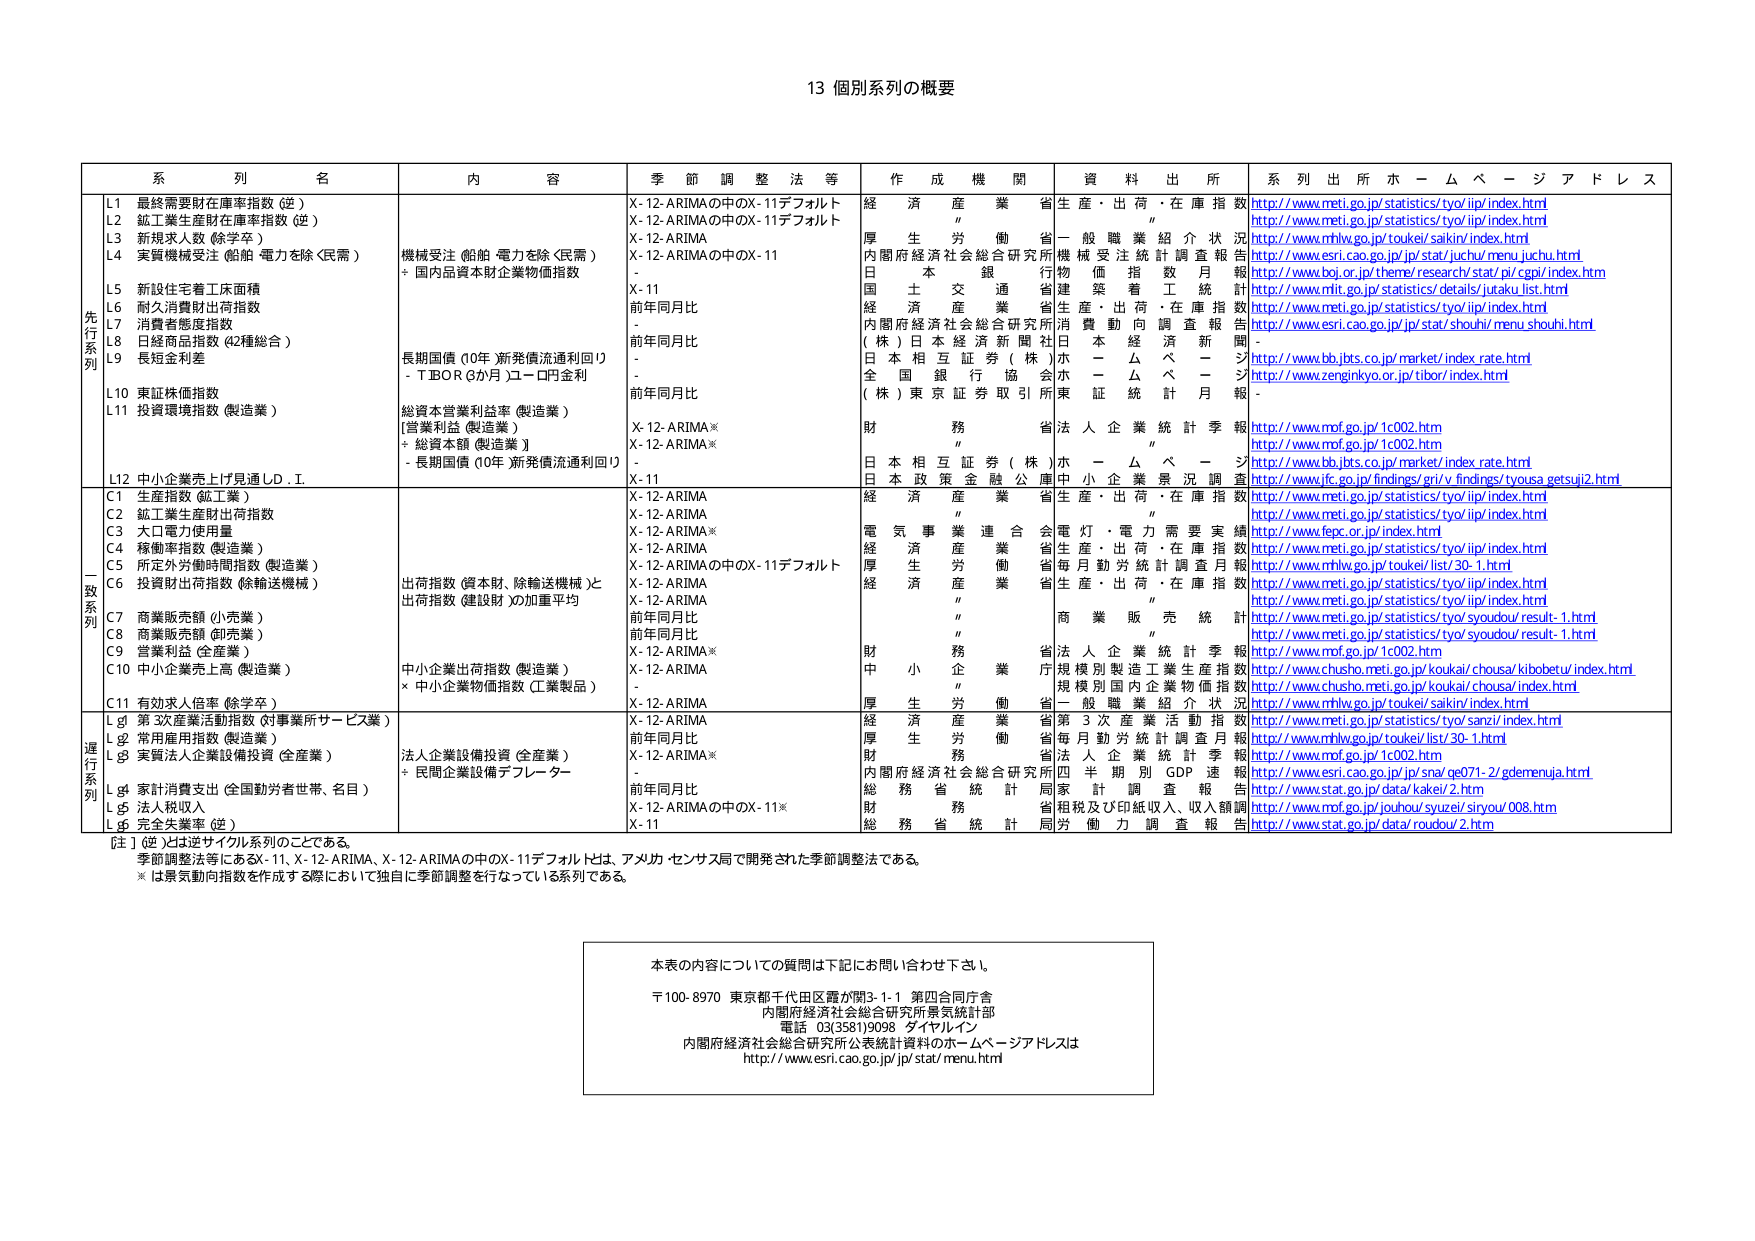
13 個別系列の概要

系列名 内容 季節調整法等 作成機関 資料出所 系列出所ホームページアドレス

先行系列
L1 最終需要財在庫率指数（逆）
L2 鉱工業生産財在庫率指数（逆）
L3 新規求人数（除学卒）
L4 実質機械受注（船舶・電力を除く民需）
L5 新設住宅着工床面積
L6 耐久消費財出荷指数
L7 消費者態度指数
L8 日経商品指数（42種総合）
L9 長短金利差
L10 東証株価指数
L11 投資環境指数（製造業）
L12 中小企業売上計見通しD.I.

内容：
機械受注（船舶・電力を除く民需）
+ 国内品資本財企業物価指数
長期国債（10年・新発債流通利回り）
- TIBOR（3か月）ユーロ円金利
総資本営業利益率（製造業）
[営業利益（製造業）]
+ 総資本額（製造業）]
- 長期国債（10年・新発債流通利回り）

季節調整法等：
X-12-ARIMAの中のX-11デフォルト
X-12-ARIMAの中のX-11デフォルト
X-12-ARIMA
X-12-ARIMAの中のX-11
-
X-11
前年同月比
-
前年同月比
-
前年同月比
X-12-ARIMA※
X-12-ARIMA※
X-11

作成機関：
経済産業省
〃
厚生労働省
内閣府経済社会総合研究所
日本銀行
国土交通省
経済産業省
内閣府経済社会総合研究所
（株）日本経済新聞社
日本相互証券（株）
全国銀行協会
（株）東京証券取引所
財務省
〃
日本相互証券（株）
日本政策金融公庫

資料出所：
生産・出荷・在庫指数
〃
一般職業紹介状況
機械受注統計調査報告
物価指数月報
建築着工統計
生産・出荷・在庫指数
賃金動向調査報告
本経済新報
ホームぺージ
ホームぺージ
東証統計月報
法人企業統計季報
〃
中小企業景況調査

系列出所ホームページアドレス：
http://www.meti.go.jp/statistics/tyo/iip/index.html
http://www.meti.go.jp/statistics/tyo/iip/index.html
http://www.mhlw.go.jp/toukei/saikin/index.html
http://www.esri.cao.go.jp/jp/stat/juchu/menu_juchu.html
http://www.boj.or.jp/theme/research/stat/pi/cgpi/index.htm
http://www.meti.go.jp/statistics/details/jutaku_list.html
http://www.meti.go.jp/statistics/tyo/iip/index.html
http://www.esri.cao.go.jp/jp/stat/shouhi/menu_shouhi.html
-
http://www.bb.jbts.co.jp/market/index.html
http://www.zenginkyo.or.jp/tibor/index.html
-
http://www.mof.go.jp/1c002.htm
http://www.mof.go.jp/1c002.htm
http://www.bb.jbts.co.jp/market/index_rate.html
http://www.jfc.go.jp/findings/gn/v/findings/tyousa_getsuji2.html

一致系列
C1 生産指数（鉱工業）
C2 鉱工業生産財出荷指数
C3 大口電力使用量
C4 移動率指数（製造業）
C5 所定外労働時間指数（製造業）
C6 投資財出荷指数（除輸送機械）
C7 商業販売額（小売業）
C8 商業販売額（卸売業）
C9 営業利益（全産業）
C10 中小企業売上高（製造業）
C11 有効求人倍率（除学卒）

内容：
出荷指数（資本財、除輸送機械）と
出荷指数（建設財）の加重平均
中小企業出荷指数（製造業）
× 中小企業物価指数（工業製品）

季節調整法等：
X-12-ARIMA
X-12-ARIMA
X-12-ARIMA※
X-12-ARIMA
X-12-ARIMAの中のX-11デフォルト
X-12-ARIMA
X-12-ARIMA
前年同月比
前年同月比
X-12-ARIMA※
X-12-ARIMA
-
X-12-ARIMA

作成機関：
経済産業省
〃
電気事業連合会
経済産業省
厚生労働省
経済産業省
〃
〃
〃
財務省
中小企業庁
〃
厚生労働省

資料出所：
生産・出荷・在庫指数
〃
電灯・電力需要実績
生産・出荷・在庫指数
毎月勤労統計調査月報
生産・出荷・在庫指数
〃
商業販売統計
〃
法人企業統計季報
規模別製造工業生産指数
規模別国内企業物価指数
一般職業紹介状況

系列出所ホームページアドレス：
http://www.meti.go.jp/statistics/tyo/iip/index.html
http://www.meti.go.jp/statistics/tyo/iip/index.html
http://www.fepc.or.jp/index.html
http://www.meti.go.jp/statistics/tyo/iip/index.html
http://www.mhlw.go.jp/toukei/list/30-1.html
http://www.meti.go.jp/statistics/tyo/iip/index.html
http://www.meti.go.jp/statistics/tyo/syoudou/result-1.html
http://www.meti.go.jp/statistics/tyo/syoudou/result-1.html
http://www.mof.go.jp/1c002.htm
http://www.chusho.meti.go.jp/koukai/chousa/kibobetu/index.html
http://www.chusho.meti.go.jp/koukai/chousa/index.html
http://www.mhlw.go.jp/toukei/saikin/index.html

遅行系列
Lg1 第3次産業活動指数（対事業所サービス業）
Lg2 常用雇用指数（製造業）
Lg3 実質法人企業設備投資（全産業）
Lg4 家計消費支出（全国勤労者世帯、名目）
Lg5 法人税収入
Lg6 完全失業率（逆）

内容：
法人企業設備投資（全産業）
+ 民間企業設備デフレーター

季節調整法等：
X-12-ARIMA
前年同月比
X-12-ARIMA※
-
前年同月比
X-12-ARIMAの中のX-11※
X-11

作成機関：
経済産業省
厚生労働省
財務省
内閣府経済社会総合研究所
総務省統計局
財務省
総務省統計局

資料出所：
第3次産業活動指数
毎月勤労統計調査月報
法人企業統計季報
四半期別GDP速報
家計調査報告
租税及び印紙収入、収入額調
労働力調査報告

系列出所ホームページアドレス：
http://www.meti.go.jp/statistics/tyo/sanz/index.html
http://www.mhlw.go.jp/toukei/list/30-1.html
http://www.mof.go.jp/1c002.htm
http://www.esri.cao.go.jp/jp/sna/ge071-2/gdemenuja.html
http://www.stat.go.jp/data/kakei/2.htm
http://www.mof.go.jp/jouhou/syuzei/siryou/008.htm
http://www.stat.go.jp/data/roudou/2.htm

[注] （逆）とは逆サイクル系列のことである。
季節調整法等にあるX-11、X-12-ARIMA、X-12-ARIMAの中のX-11デフォルトは、アメリカ・センサス局で開発された季節調整法である。
※ は景気動向指数を作成する際において独自に季節調整を行なっている系列である。

本表の内容についての質問は下記にお問い合わせ下さい。
〒100-8970 東京都千代田区霞が関3-1-1 第四合同庁舎
内閣府経済社会総合研究所景気統計部
電話 03(3581)9098 ダイヤルイン
内閣府経済社会総合研究所公表統計資料のホームページアドレスは
http://www.esri.cao.go.jp/jp/stat/menu.html